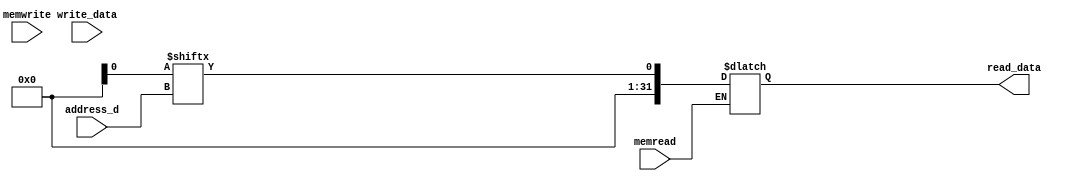
module data_mem (address_d ,write_data,read_data,memwrite,memread);
input [31:0]address_d;
input [31:0] write_data;
input memwrite,memread;

output reg [31:0] read_data;


initial begin
  global.Dmem[0]= 32'd25;
  global.Dmem[1]= 32'd17;
  global.Dmem[2]= 32'd20;
  global.Dmem[3]= 32'd78;
  global.Dmem[4]= 32'd10;
  global.Dmem[5]= 32'd63;
  global.Dmem[6]= 32'd100;
  global.Dmem[7]= 32'd39;
  global.Dmem[8]= 32'd113;
  global.Dmem[9]= 32'd13;
end

always @(address_d)begin 
       if(memwrite) begin
            global.Dmem[address_d]= write_data;
        end

        if(memread) begin
            read_data = global.Dmem[address_d];
        end
end

endmodule